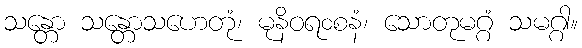
သန္တော သန္တောသဟေတုံ၊ မုနိဝရ၀စနံ၊ သောတုမဂ္ဂံ သမဂ္ဂါ။